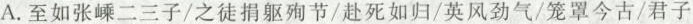
A.至如张嵊二三子/之徒捐躯殉节/赴死如归/英风劲气/笼罩今古/君子